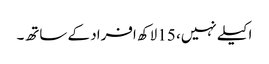
اکیلے نہیں، 15 لاکھ افراد کے ساتھ۔